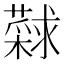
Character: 𰲎